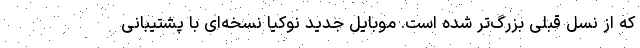
که از نسل قبلی بزرگ‌تر شده است. موبایل جدید نوکیا نسخه‌ای با پشتیبانی